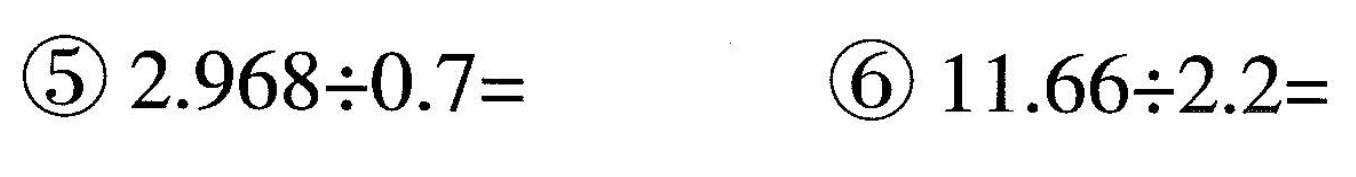
⑤$$2 . 9 6 8 \div 0 . 7 =$$ ⑥$$1 1 . 6 6 \div 2 . 2 =$$